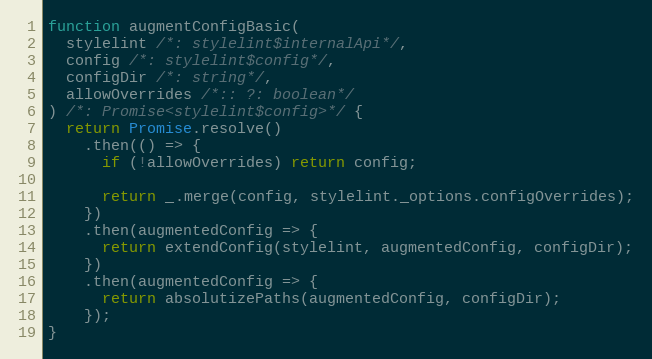
Language: JavaScript
function augmentConfigBasic(
  stylelint /*: stylelint$internalApi*/,
  config /*: stylelint$config*/,
  configDir /*: string*/,
  allowOverrides /*:: ?: boolean*/
) /*: Promise<stylelint$config>*/ {
  return Promise.resolve()
    .then(() => {
      if (!allowOverrides) return config;

      return _.merge(config, stylelint._options.configOverrides);
    })
    .then(augmentedConfig => {
      return extendConfig(stylelint, augmentedConfig, configDir);
    })
    .then(augmentedConfig => {
      return absolutizePaths(augmentedConfig, configDir);
    });
}